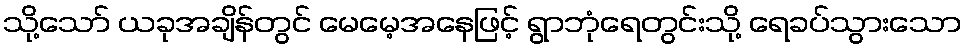
သို့သော် ယခုအချိန်တွင် မေမေ့အနေဖြင့် ရွာဘုံရေတွင်းသို့ ရေခပ်သွားသော